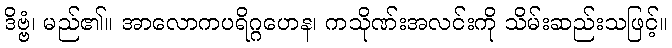
ဒိဗ္ဗံ၊ မည်၏။ အာလောကပရိဂ္ဂဟေန၊ ကသိုဏ်းအလင်းကို သိမ်းဆည်းသဖြင့်။